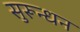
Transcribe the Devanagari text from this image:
सुरून्धन